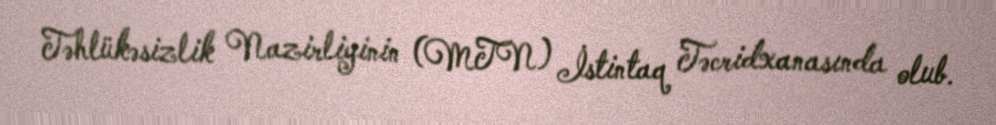
Təhlükəsizlik Nazirliyinin (MTN) İstintaq Təcridxanasında olub.